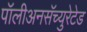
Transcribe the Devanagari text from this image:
पॉलीअनसॅच्युरेटेड